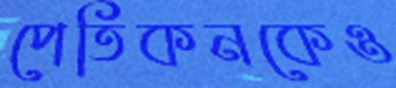
পেতিকনকেও